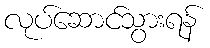
လုပ်ဆောင်သွားရန်